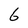
Character: 6